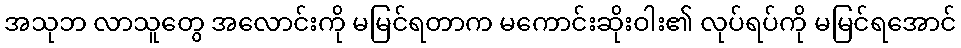
အသုဘ လာသူတွေ အလောင်းကို မမြင်ရတာက မကောင်းဆိုးဝါး၏ လုပ်ရပ်ကို မမြင်ရအောင်